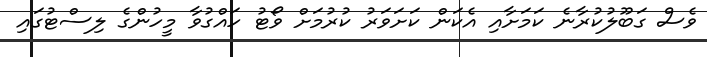
ވެސް ގަބޫލުކުރާނެ ކަމަށާއި އެކަން ކަށަވަރު ކުރުމަށް ވޯޓު ހައްގުވާ މީހުންގެ ލިސްޓުގައި